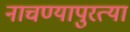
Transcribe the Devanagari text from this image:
नाचण्यापुरत्या